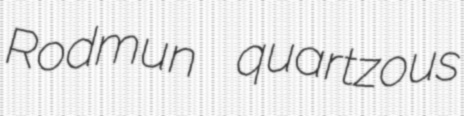
Rodmun quartzous